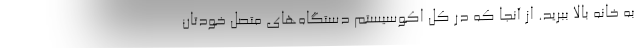
به خانه بالا ببرید. از آنجا که در کل اکوسیستم دستگاه‌های متصل خودتان